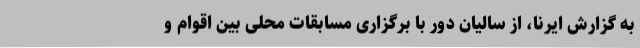
به گزارش ایرنا، از سالیان دور با برگزاری مسابقات محلی بین اقوام و